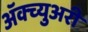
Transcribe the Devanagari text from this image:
अॅक्च्युअरी